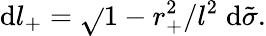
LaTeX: \mathrm{d}l_{+}=\sqrt{}{{1-r_{+}^{2}/l^{2}}}\; \mathrm{d}\tilde{{\sigma}}.